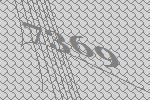
7369